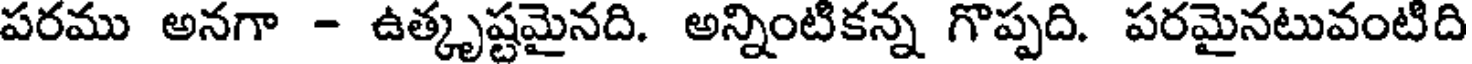
పరము అనగా - ఉత్కృష్టమైనది. అన్నింటికన్న గొప్పది. పరమైనటువంటిది